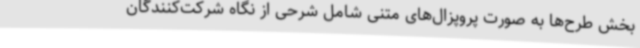
بخش طرح‌ها به صورت پروپزال‌های متنی شامل شرحی از نگاه شرکت‌کنندگان